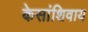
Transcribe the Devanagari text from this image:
केसांशिवाय